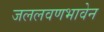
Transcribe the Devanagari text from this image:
जललवणभावेन